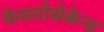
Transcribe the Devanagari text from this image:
फेमतोसेकेन्‍ड